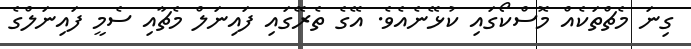
ގިނަ މެޗްތަކެއް މޮސްކޯގައި ކުޅޭނެއެވެ. އޭގެ ތެރޭގައި ފައިނަލް މެޗާއި ސެމީ ފައިނަލްގެ